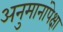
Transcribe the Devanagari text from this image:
अनुमानांपेक्षा